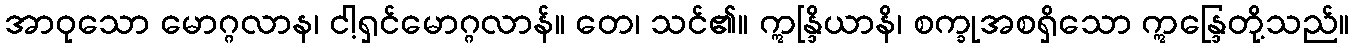
အာဝုသော မောဂ္ဂလာန၊ ငါ့ရှင်မောဂ္ဂလာန်။ တေ၊ သင်၏။ ဣန္ဒြိယာနိ၊ စက္ခုအစရှိသော ဣန္ဒြေတို့သည်။